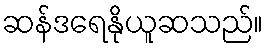
ဆန်ဒရေနိုယူဆသည်။